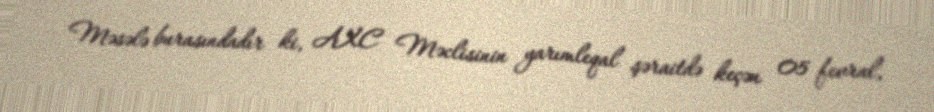
Məsələ burasındadır ki, AXC Məclisinin yarımleqal şəraitdə keçən 05 fevral,